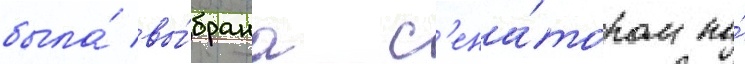
была́ вы́брана с'ена́тором по́